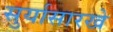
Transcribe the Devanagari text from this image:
सुर्यासारखे